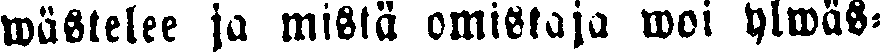
wästelee ja mistä omistaja woi ylwäs-